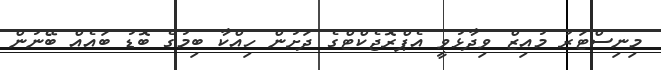
މިނިސްޓަރު މުއިޒް ވިދާޅުވީ އެޕްރޮޖެކްޓްގެ ދަށުން ހިއްކާ ބިމުގެ ބޮޑު ބައެއް ބޭނުން